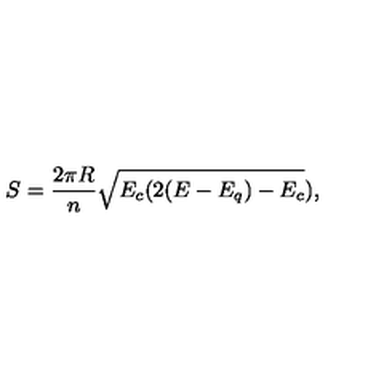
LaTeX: S = \frac { 2 \pi R } { n } \sqrt { E _ { c } ( 2 ( E - E _ { q } ) - E _ { c } } ) ,